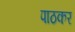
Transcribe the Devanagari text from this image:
पाठकर